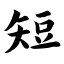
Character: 短